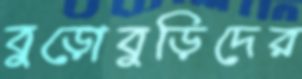
বুড়োবুড়িদের